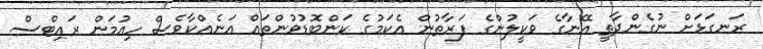
ރަނގަޅަށް ނުގެންދާތީ އޭނާގެ ވަކީލުންގެ ފަރާތުން އެކަމުގެ ކަންބޮޑުވުންތައް އަނެއްކާވެސް ހިއުމަން ރައިޓްސް